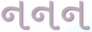
નનન